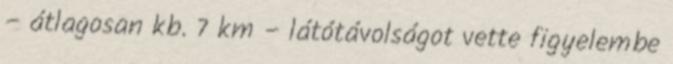
– átlagosan kb. 7 km – látótávolságot vette figyelembe